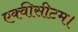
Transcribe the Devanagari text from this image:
एक्वीसीटम।